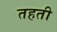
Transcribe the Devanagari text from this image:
तहती